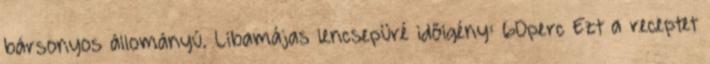
bársonyos állományú. Libamájas lencsepüré időigény: 60perc Ezt a receptet